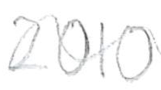
Text: 2010
Cross-out: wave
Writing tool: pencil